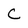
Character: C